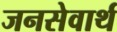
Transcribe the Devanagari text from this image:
जनसेवार्थ